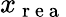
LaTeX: x_{\mathrm{~r~e~a~}}